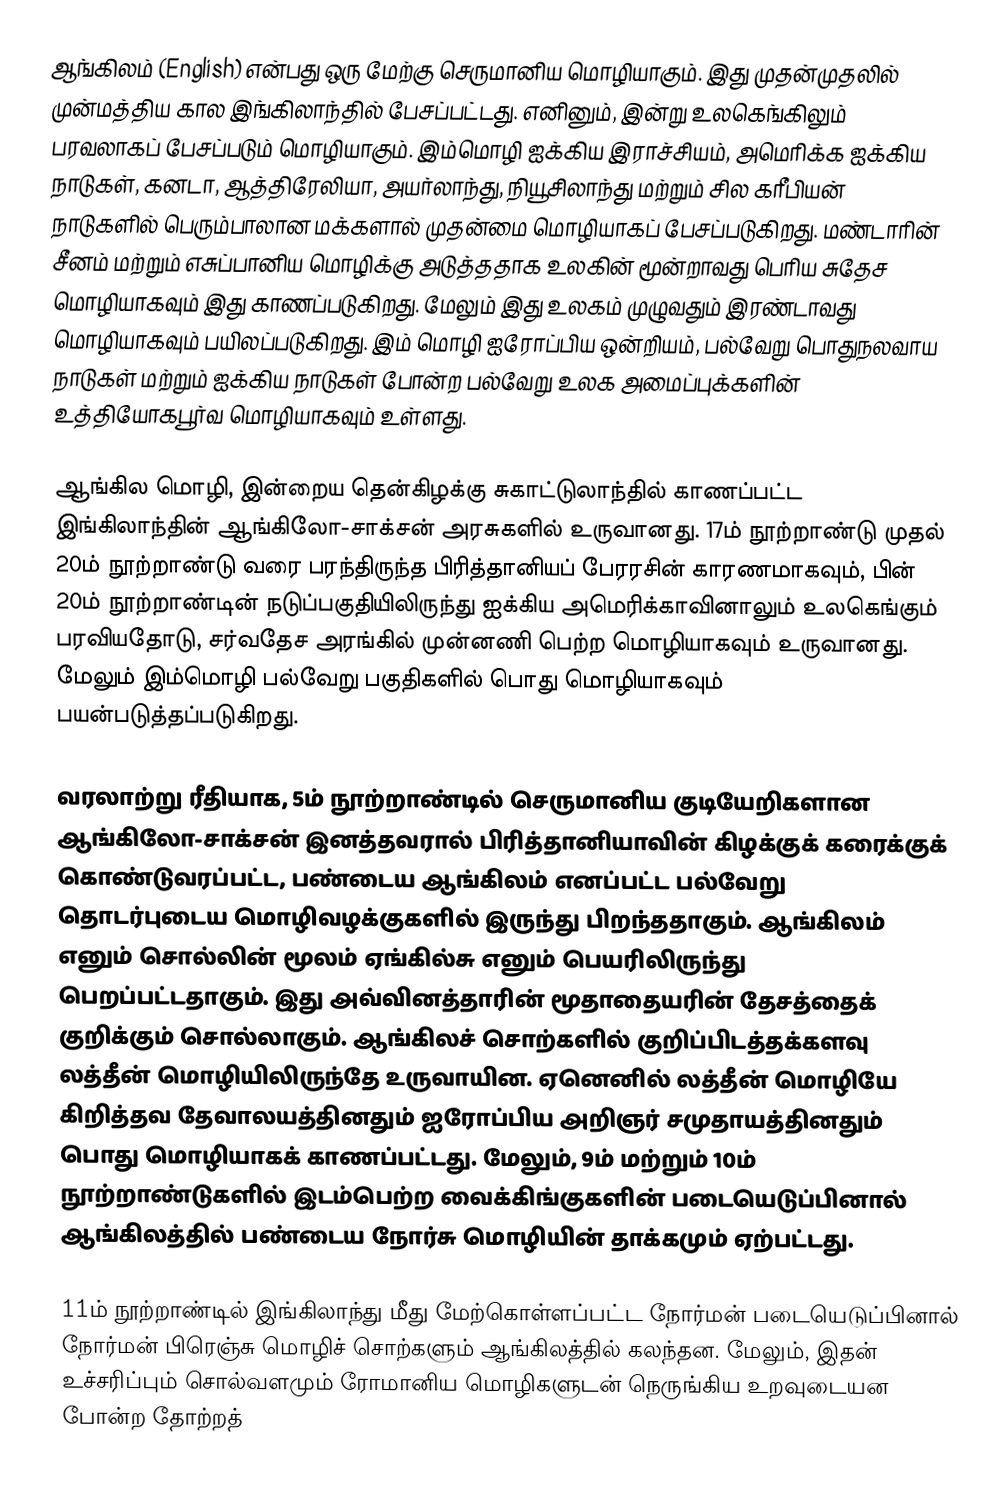
ஆங்கிலம் (English) என்பது ஒரு மேற்கு செருமானிய மொழியாகும். இது முதன்முதலில் முன்மத்திய கால இங்கிலாந்தில் பேசப்பட்டது. எனினும், இன்று உலகெங்கிலும் பரவலாகப் பேசப்படும் மொழியாகும். இம்மொழி ஐக்கிய இராச்சியம், அமெரிக்க ஐக்கிய நாடுகள், கனடா, ஆத்திரேலியா, அயர்லாந்து, நியூசிலாந்து மற்றும் சில கரீபியன் நாடுகளில் பெரும்பாலான மக்களால் முதன்மை மொழியாகப் பேசப்படுகிறது. மண்டாரின் சீனம் மற்றும் எசுப்பானிய மொழிக்கு அடுத்ததாக உலகின் மூன்றாவது பெரிய சுதேச மொழியாகவும் இது காணப்படுகிறது. மேலும் இது உலகம் முழுவதும் இரண்டாவது மொழியாகவும் பயிலப்படுகிறது. இம் மொழி  ஐரோப்பிய ஒன்றியம், பல்வேறு பொதுநலவாய நாடுகள் மற்றும் ஐக்கிய நாடுகள் போன்ற பல்வேறு உலக அமைப்புக்களின் உத்தியோகபூர்வ மொழியாகவும் உள்ளது.

ஆங்கில மொழி, இன்றைய தென்கிழக்கு சுகாட்டுலாந்தில் காணப்பட்ட இங்கிலாந்தின் ஆங்கிலோ-சாக்சன் அரசுகளில் உருவானது. 17ம் நூற்றாண்டு முதல் 20ம் நூற்றாண்டு வரை பரந்திருந்த பிரித்தானியப் பேரரசின் காரணமாகவும், பின் 20ம் நூற்றாண்டின் நடுப்பகுதியிலிருந்து ஐக்கிய அமெரிக்காவினாலும் உலகெங்கும் பரவியதோடு, சர்வதேச அரங்கில் முன்னணி பெற்ற மொழியாகவும் உருவானது. மேலும் இம்மொழி பல்வேறு பகுதிகளில் பொது மொழியாகவும் பயன்படுத்தப்படுகிறது.

வரலாற்று ரீதியாக, 5ம் நூற்றாண்டில் செருமானிய குடியேறிகளான ஆங்கிலோ-சாக்சன் இனத்தவரால் பிரித்தானியாவின் கிழக்குக் கரைக்குக் கொண்டுவரப்பட்ட, பண்டைய ஆங்கிலம் எனப்பட்ட பல்வேறு தொடர்புடைய மொழிவழக்குகளில் இருந்து பிறந்ததாகும். ஆங்கிலம் எனும் சொல்லின் மூலம் ஏங்கில்சு எனும் பெயரிலிருந்து பெறப்பட்டதாகும். இது அவ்வினத்தாரின் மூதாதையரின் தேசத்தைக் குறிக்கும் சொல்லாகும். ஆங்கிலச் சொற்களில் குறிப்பிடத்தக்களவு லத்தீன் மொழியிலிருந்தே உருவாயின. ஏனெனில் லத்தீன் மொழியே கிறித்தவ தேவாலயத்தினதும் ஐரோப்பிய அறிஞர் சமுதாயத்தினதும் பொது மொழியாகக் காணப்பட்டது. மேலும், 9ம் மற்றும் 10ம் நூற்றாண்டுகளில் இடம்பெற்ற வைக்கிங்குகளின் படையெடுப்பினால் ஆங்கிலத்தில் பண்டைய நோர்சு மொழியின் தாக்கமும் ஏற்பட்டது.

11ம் நூற்றாண்டில் இங்கிலாந்து மீது மேற்கொள்ளப்பட்ட நோர்மன் படையெடுப்பினால் நோர்மன் பிரெஞ்சு மொழிச் சொற்களும் ஆங்கிலத்தில் கலந்தன. மேலும், இதன் உச்சரிப்பும் சொல்வளமும் ரோமானிய மொழிகளுடன் நெருங்கிய உறவுடையன போன்ற தோற்றத்